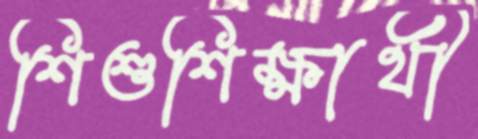
শিশুশিক্ষার্থী